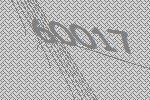
60017